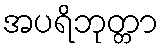
အပရိဘုတ္တာ